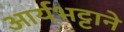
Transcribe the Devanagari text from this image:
आर्यभट्टाने